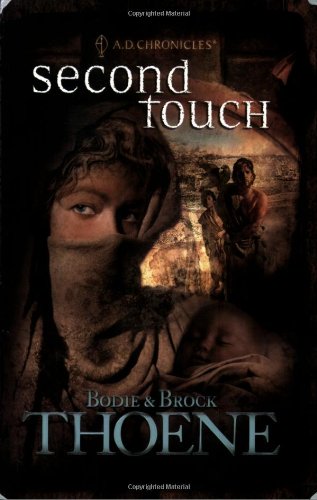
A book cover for Second Touch (A. D. Chronicles, Book 2); Bodie Thoene; Christian Books & Bibles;